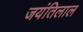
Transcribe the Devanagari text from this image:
जयंतिलाल